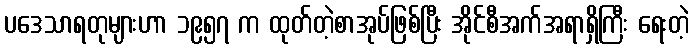
ပဒေသာရတုများဟာ ၁၉၅၇ က ထုတ်တဲ့စာအုပ်ဖြစ်ပြီး အိုင်စီအက်အရာရှိကြီး ရေးတဲ့